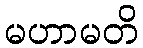
မဟာမတိ